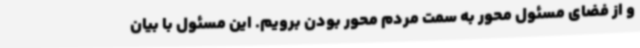
و از فضای مسئول محور به سمت مردم محور بودن برویم. این مسئول با بیان